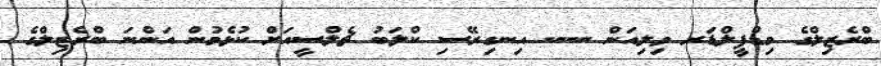
ބްރެޒިލްގެ މިޑްފީލްޑަރ ވިލިއަން ---- އިނގިރޭސި ކްލަބު ޗެލްސީއަށް ކުޅެމުން އަންނަ ބްރެޒިލްގެ